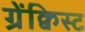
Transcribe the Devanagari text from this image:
ग्रेंक्विस्ट